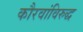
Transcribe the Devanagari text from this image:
कौरवांविरुद्ध